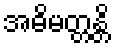
အဓိမတ္တန္တိ